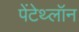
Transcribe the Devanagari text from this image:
पेंटेथ्लॉन